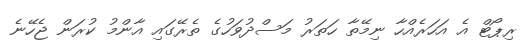
ރިޕޯޓް އެ އަހަރެއްހާ ނިމޭތާ ހަތަރު މަސްދުވަހުގެ ތެރޭގައި އާންމު ކުރަން ޖެހޭނެ